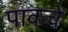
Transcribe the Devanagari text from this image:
पाकचे